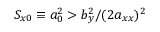
S _ { x 0 } \equiv a _ { 0 } ^ { 2 } > b _ { y } ^ { 2 } / ( 2 a _ { x x } ) ^ { 2 }